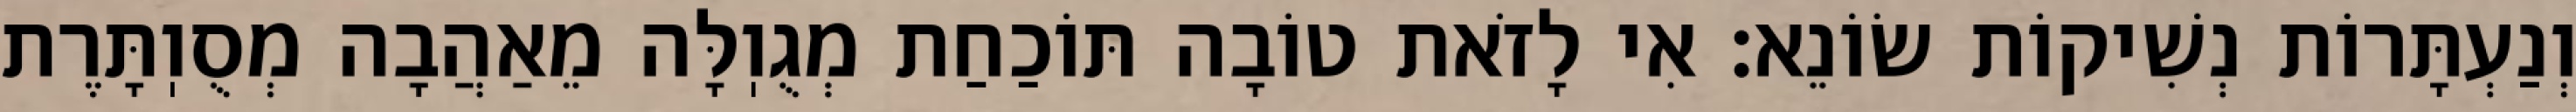
וְנַעְתָּרוֹת נְשִׁיקוֹת שׂוֹנֵא: אִי לָזֹאת טוֹבָה תּוֹכַחַת מְגֻוֽלָּה מֵאַהֲבָה מְסֻוֽתָּרֶת